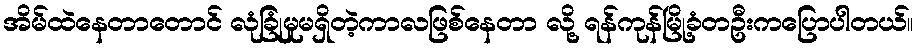
အိမ်ထဲနေတာတောင် လုံခြုံမှုမရှိတဲ့ကာလဖြစ်နေတာ လို့ ရန်ကုန်မြို့ခံတဦးကပြောပါတယ်။